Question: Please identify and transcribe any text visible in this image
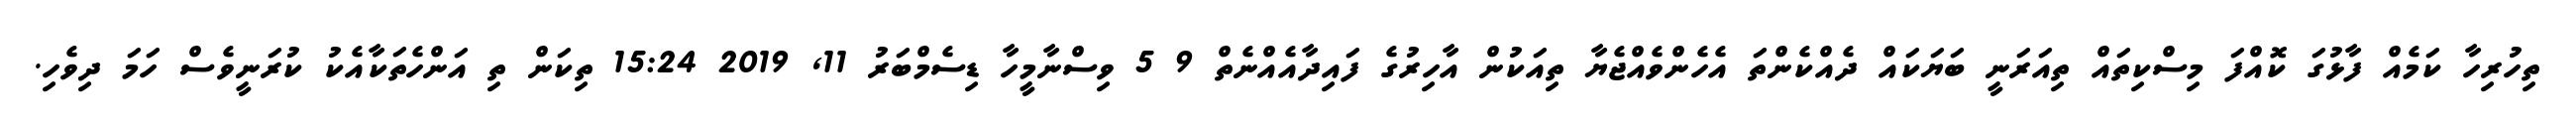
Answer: ތިހުރިހާ ކަމެއް ފާޅުގަ ކޮއްފަ މިސްކިތައް ތިއަރަނީ ބަޔަކައް ދެއްކެންތަ އެހެންވެއްޖެޔާ ތިއަކުން އާހިރުގެ ފައިދާއެއްނެތް 9 5 ވިސްނާމީހާ ޑިސެމްބަރު 11, 2019 15:24 ތިކަން ތި އަންހެތަކާއެކު ކުރަނީވެސް ހަމަ ދިވެހި.